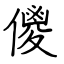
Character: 儍